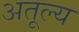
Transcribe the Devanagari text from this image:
अतूल्य